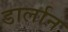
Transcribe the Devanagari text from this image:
डार्लान